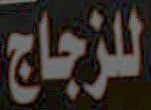
للزجاج